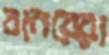
বানরেরা